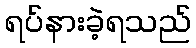
ရပ်နားခဲ့ရသည်